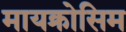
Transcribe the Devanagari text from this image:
मायक्रोसिम